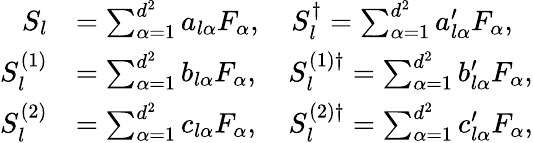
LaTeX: \begin{array}{rl}{S_{l}}&{=\sum_{\alpha=1}^{d^{2}}a_{l\alpha}F_{\alpha},\quad S_{l}^{\dagger}=\sum_{\alpha=1}^{d^{2}}a_{l\alpha}^{\prime}F_{\alpha},}\\ {S_{l}^{(1)}}&{=\sum_{\alpha=1}^{d^{2}}b_{l\alpha}F_{\alpha},\quad S_{l}^{(1)\dagger}=\sum_{\alpha=1}^{d^{2}}b_{l\alpha}^{\prime}F_{\alpha},}\\ {S_{l}^{(2)}}&{=\sum_{\alpha=1}^{d^{2}}c_{l\alpha}F_{\alpha},\quad S_{l}^{(2)\dagger}=\sum_{\alpha=1}^{d^{2}}c_{l\alpha}^{\prime}F_{\alpha},}\end{array}